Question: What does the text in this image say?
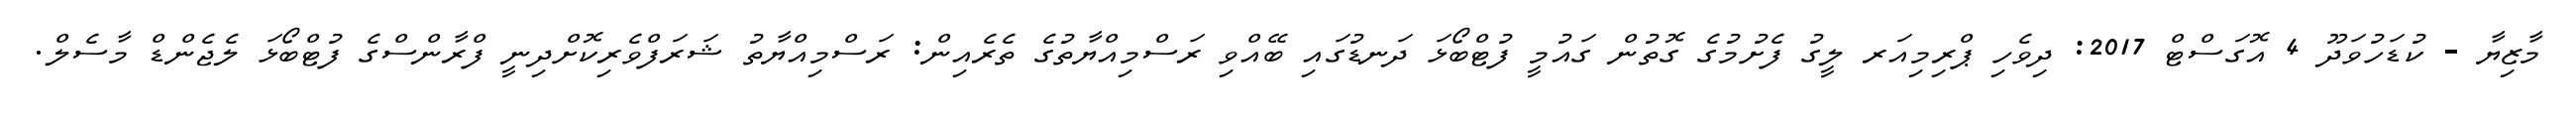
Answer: މާޒިޔާ - ކުޑަހުވަދޫ 4 އޮގަސްޓް 2017: ދިވެހި ޕްރިމިއަރ ލީގު ފެށުމުގެ ގޮތުން ގައުމީ ފުޓްބޯޅަ ދަނޑުގައި ބޭއްވި ރަސްމިއްޔާތުގެ ތެރެއިން: ރަސްމިއްޔާތު ޝަރަފްވެރިކޮށްދިނީ ފްރާންސްގެ ފުޓްބޯޅަ ލެޖެންޑް މާސެލް.